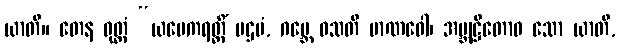
ယာတိ။ တေန ဝုတ္တံ “ယမေကရတ္တိံ ပဌမံ, ဂဗ္ဘေ ဝသတိ မာဏဝေါ၊ အဗ္ဘုဋ္ဌိတောဝ သော ယာတိ,